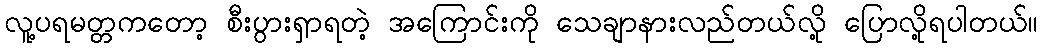
လူ့ပရမတ္တကတော့ စီးပွားရှာရတဲ့ အကြောင်းကို သေချာနားလည်တယ်လို့ ပြောလို့ရပါတယ်။